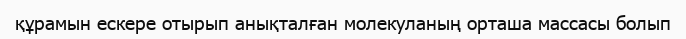
құрамын ескере отырып анықталған молекуланың орташа массасы болып